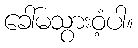
ခေါ်မသွားဝံ့ပါ။